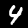
Label: 4